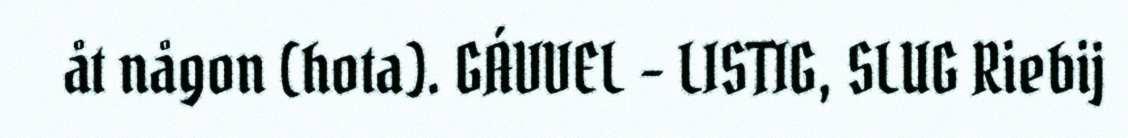
åt någon (hota). GÁVVEL - LISTIG, SLUG Riebij